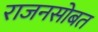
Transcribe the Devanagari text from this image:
राजनसोबत